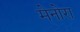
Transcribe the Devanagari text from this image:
मेनोरा